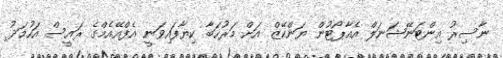
ނާސިރު އިންޓަނޭޝަނަލް އެއާޕޯޓުން ޔަންކޭޒް އަށް މަރުހަބާ ކިޔާފައިވަނީ އެފްއޭއެމްގެ ރައީސް އަހުމަދު